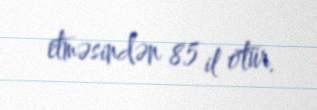
etməsindən 85 il ötür.